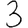
Digit: 3